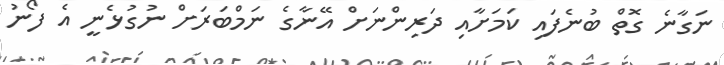
ނަގާނެ ގޮތް ބުނެފައި ކަމަށާއި ދަރިންނަށް އޭނާގެ ނަމްބަރަށް ނުގުޅެނީ އެ ފޯނު